Medical and sanitary report on the native army of Bombay for the year
Year: 1878
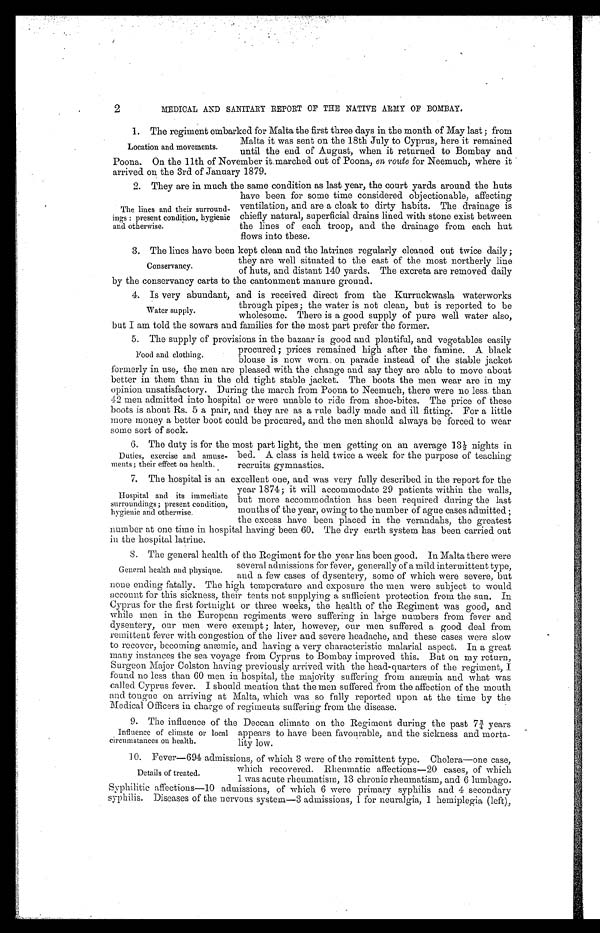
2
MEDICAL AND SANITARY REPORT OF THE NATIVE ARMY OF BOMBAY.
1. The regiment embarked for Malta the first three days in the month of May last; from
Location and movement
Malta it was sent on the 18th July to Cyprus, here it remained
until the end of August, when it returned to Bombay and
Poona. On the 11th of November it marched out of Poona, en route for Neemuch, where it
arrived on the 3rd of January 1879.
2. They are in much the same condition as last year, the court yards around the huts
The lines and their surround-
ings : present condition, hygienic
and otherwise.
have been for some time considered objectionable, affecting
ventilation, and are a cloak to dirty habits. The drainage is
chiefly natural, superficial drains lined with stone exist between
the lines of each troop, and the drainage from each hut flow into these.
3. The lines have been kept clean and the latrines regularly cleaned out twice daily;
Conservancy.
they are well situated to the east of the most northerly line
of huts, and distant 140 yards. The excreta are removed daily
by the conservancy carts to the cantonment manure ground.
4. Is very abundant, and is received direct from the Kurruckwasla waterworks
Water supply.
through pipes ; the water is not clean, but is reported to be
wholesome. There is a good supply of pure well water also,
but I am told the sowars and families for the most part prefer the former.
5. The supply of provisions in the bazaar is good and plentiful, and vegetables easily
Food and clothing
procured; prices remained high after the famine. A black
blouse is now worn on parade instead of the stable jacket
formerly in use, the men are pleased with the change and say they are able to move about
better in them than in the old tight stable jacket. The boots the men wear are in my
opinion unsatisfactory. During the march from Poona to Neemuch, there were no less than
42 men admitted into hospital or were unable to ride from shoe-bites. The price of these
boots is about Rs. 5 a pair, and they are as a rule badly made and ill fitting. For a little
more money a better boot could be procured, and the men should always be forced to wear
some sort of sock.
6. The duty is for the most part light, the men getting on an average 13½ nights in
Duties, exercise and amus
ements; their effect on health.
bed. A class is held twice a week for the purpose of teaching
recruits gymnastics.
7. The hospital is an excellent one, and was very fully described in the report for the
Hospital and its immediate
surroundings; present condition,
hygienic and otherwise.
year 1874; it will accommodate 29 patients within the walls,
but more accommodation has been required during the last
months of the year, owing to the number of ague cases admitted
the excess have been placed in the verandahs. the greatest
number at one time in hospital having been 60. The dry earth system has been carried out
in the hospital latrine.
8. The general health of the Regiment for the year has been good. In Malta there were
General health and physique.
several admissions for fever, generally of a mild intermittent type,
and a few cases of dysentery, some of which were severe, but
none ending fatally. The high temperature and exposure the men were subject to would
account for this sickness, their tents not supplying a sufficient protection from the sun. In
Cyprus for the first fortnight or three weeks, the health of the Regiment was good, and
while men in the European regiments were suffering in large numbers from fever and
dysentery, our men were exempt; later, however, our men suffered a good deal from
remittent fever with congestion of the liver and severe headache, and these cases were slow
to recover, becoming anæmic, and having a very characteristic malarial aspect. In a great
many instances the sea voyage from Cyprus to Bombay improved this. But on my return,
Surgeon Major Colston having previously arrived with the head-quarters of the regiment, I
found no less than 60 men in hospital, the majority suffering from anæmia and what was
called Cyprus fever. I should mention that the men suffered from the affection of the mouth
and tongue on arriving at Malta, which was so fully reported upon at the time by the
Medical Officers in charge of regiments suffering from the disease.
9. The influence of the Deccan climate on the Regiment during the past 7¾ years
Influence of climate or local
circumstances on health.
appears to nave been favourable, and the sickness and morta
-lity low.
10. Fever—694 admissions, of which 3 were of the remittent type. Cholera—one case,
which recovered. Rheumatic affections—20 cases, or which
1 was acute rheumatism, 13 chronic rheumatism, and 6 lumbago.
Syphilitic affections—10 admissions, of which 6 were primary syphilis and 4 secondary
syphilis. Diseases of the nervous system—3 admissions, 1 for neuralgia, 1 hemiplegia (left),
Details of treated.